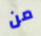
من